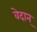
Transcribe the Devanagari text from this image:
वेदान्